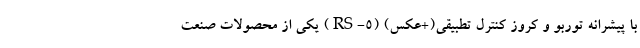
با پیشرانه توربو و کروز کنترل تطبیقی(+عکس) (RS-5) یکی از محصولات صنعت